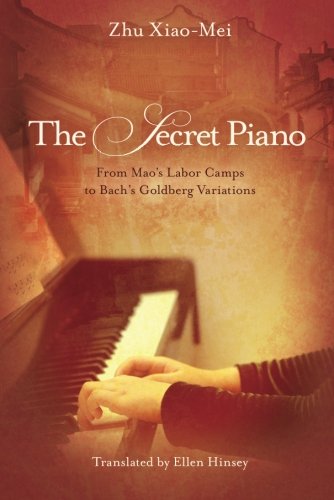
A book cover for The Secret Piano: From Mao's Labor Camps to Bach's Goldberg Variations; Zhu Xiao-Mei; Literature & Fiction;